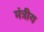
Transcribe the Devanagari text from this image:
मंत्रीय